Medical and sanitary report of the native army of Bengal for the year
Year: 1876
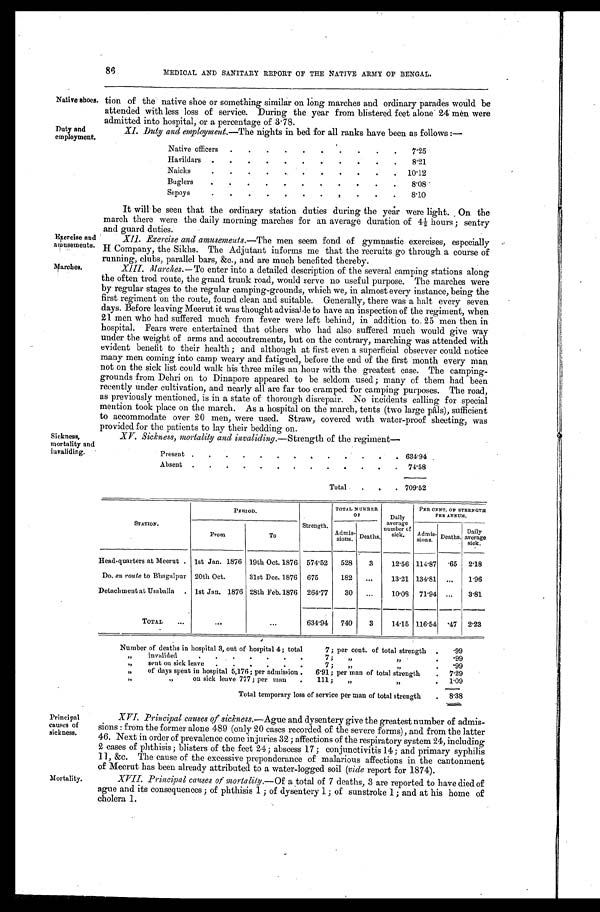
86 MEDICAL AND SANITARY REPORT OF THE NATIVE ARMY OF BENGAL.
Native shoes.
Duty and
employment.
Exercise and
amusements.
Marches.
Sickness,
mortality and
invaliding.
tion of the native shoe or something similar on long marches and ordinary parades would be
attended with less loss of service. During the year from blistered feet alone 24 men were
admitted into hospital, or a percentage of 3.78.
XI. Duty and employment. —The nights in bed for all ranks have been as follows :—
Native officers .
.
.
.
.
.
.
.
.
. 7.25
Havildars .
.
.
.
.
. .
.
.
.
.
8.21
Naicks
.
.
.
. .
.
.
.
. .
. 10.12
Buglers
.
.
.
.
.
.
.
.
.
.
.
8.08
Sepoys
.
.
.
.
. .
.
. .
.
.
8.10
It will be seen that the ordinary station duties during the year were light. On the
march there were the daily morning marches for an average duration of 4½ hours ; sentry
and guard duties.
XII. Exercise and amusements. —The men seem fond of gymnastic exercises, especially
H Company, the Sikhs. The Adjutant informs me that the recruits go through a course of
running, clubs, parallel bars, &c., and are much benefited thereby.
XIII. Marches. — To enter into a detailed description of the several camping stations along
the often trod route, the grand trunk road, would serve no useful purpose. The marches were
by regular stages to the regular camping-grounds, which we, in almost every instance, being the
first regiment on the route, found clean and suitable. Generally, there was a halt every seven
days. Before leaving Meerut it was thought advisable to have an inspection of the regiment, when
21 men who had suffered much from fever were left behind, in addition to 25 men then in
hospital. Fears were entertained that others who had also suffered much would give way
under the weight of arms and accoutrements, but on the contrary, marching was attended with
evident benefit to their health ; and although at first even a superficial observer could notice
many men coming into camp weary and fatigued, before the end of the first month every man
not on the sick list could walk his three miles an hour with the greatest ease. The camping-
grounds from Dehri on to Dinapore appeared to be seldom used ; many of them had been
recently under cultivation, and nearly all are far too cramped for camping purposes. The road,
as previously mentioned, is in a state of thorough disrepair. No incidents calling for special
mention took place on the march. As a hospital on the march, tents (two large pâls), sufficient
to accommodate over 20 men, were used. Straw, covered with water-proof sheeting, was
provided for the patients to lay their bedding on.
XV. Sickness, mortality and invaliding.—Strength of the regiment—
Present .
. .
.
.
. . . .
. . . . 634.94
Absent .
. . . . . . . .
. .
. . 74.58
Total
.
. . 709.52
STATION.
PERIOD.
Strength.
TOTAL NUMBER
OF
Daily
average
number of
sick.
PER CENT. OF STRENGTH
PER ANNUM.
From
To
Admis-
sions. Deaths.
Admis-
sions. Deaths.
Daily
average
sick.
Head-quarters at Meerut . 1st Jan. 1876 19th Oct. 1876 574.52 528
3
12. 56
114.87
. 6 5 2. 18
Do. en route to Bhagalpur 20th Oct.
31st Dec. 1876 675
182 ...
13.21 134.81 ...
1.96
Detachment at Umballa . 1st Jan. 1876 28th Feb. 1876 264. 77
30 ...
10.08 71.94 ...
3.81
TOTAL ...
. . .
...
634. 94
740
3
14.15 116.54
. 4 7 2.23
Number of deaths in hospital 3, out of hospital 4; total
7; per cent. of total strength .
.99
„
invalided
. . .
.
. .
.
7;
„ „
.
.99
„
sent on sick leave .
. . .
. .
7 ;
„ „
. .99
„
of days spent in hospital 5,176; per admission . 6.91; per man of total strength
. 7 . 2 9
„
„ on sick leave 777 ; per man . 111 ; „ „
. 1.09
Total temporary loss of service per man of total strength
. 8 . 3 8
Principal
causes of
sickness.
Mortality.
XVI. Principal causes of sickness. —Ague and dysentery give the greatest number of admis-
sions : from the former alone 489 (only 20 cases recorded of the severe forms), and from the latter
46. Next. in order of prevalence come injuries 32 ; affections of the respiratory system 24, including
2 cases of phthisis ; blisters of the feet 24 ; abscess 17; conjunctivitis 14 ; and primary syphilis
11, &c. The cause of the excessive preponderance of malarious affections in the cantonment
of Meerut has been already attributed to a water-logged soil ( vide report for 1874).
XVII. Principal causes of mortality. —Of a total of 7 deaths, 3 are reported to have died of
ague and its consequences ; of phthisis 1 ; of dysentery 1; of sunstroke 1; and at his home of
cholera 1.